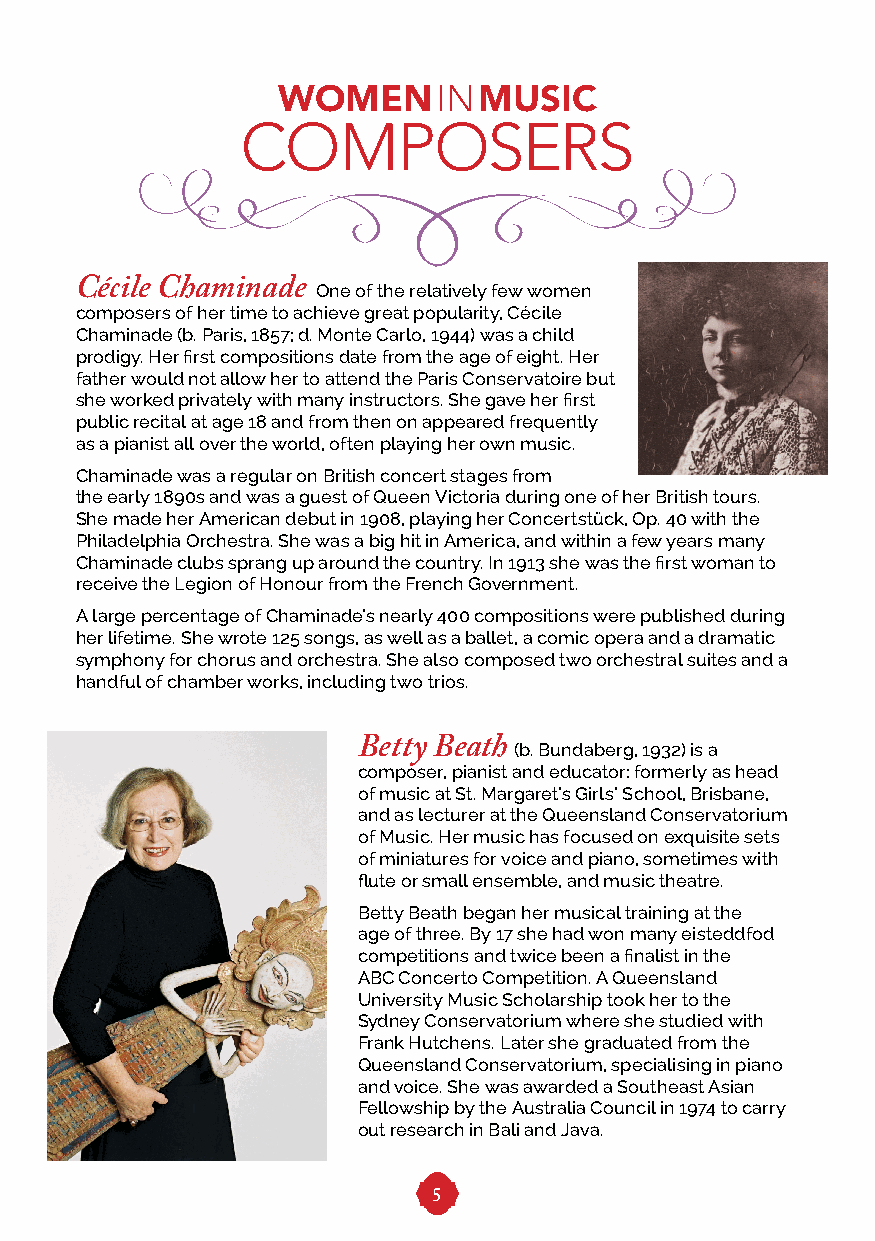
WOMENINMUSIC
 COMPOSERS
 Cécile Chaminade One of the relatively few women
 composers of her time to achieve great popularity, Cécile
 Chaminade (b. Paris, 1857; d. Monte Carlo, 1944) was a child
 prodigy. Her first compositions date from the age of eight. Her
 father would not allow her to attend the Paris Conservatoire but
 she worked privately with many instructors. She gave her first
 public recital at age 18 and from then on appeared frequently
 as a pianist all over the world, often playing her own music.
 Chaminade was a regular on British concert stages from
 the early 1890s and was a guest of Queen Victoria during one of her British tours.
 She made her American debut in 1908, playing her Concertstück, Op. 40 with the
 Philadelphia Orchestra. She was a big hit in America, and within a few years many
 Chaminade clubs sprang up around the country. In 1913 she was the first woman to
 receive the Legion of Honour from the French Government.
 A large percentage of Chaminade’s nearly 400 compositions were published during
 her lifetime. She wrote 125 songs, as well as a ballet, a comic opera and a dramatic
 symphony for chorus and orchestra. She also composed two orchestral suites and a
 handful of chamber works, including two trios.
 Betty Beath (b. Bundaberg, 1932) is a
 composer, pianist and educator: formerly as head
 of music at St. Margaret’s Girls’ School, Brisbane,
 and as lecturer at the Queensland Conservatorium
 of Music. Her music has focused on exquisite sets
 of miniatures for voice and piano, sometimes with
 flute or small ensemble, and music theatre.
 Betty Beath began her musical training at the
 age of three. By 17 she had won many eisteddfod
 competitions and twice been a finalist in the
 ABC Concerto Competition. A Queensland
 University Music Scholarship took her to the
 Sydney Conservatorium where she studied with
 Frank Hutchens. Later she graduated from the
 Queensland Conservatorium, specialising in piano
 and voice. She was awarded a Southeast Asian
 Fellowship by the Australia Council in 1974 to carry
 out research in Bali and Java.
 5